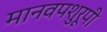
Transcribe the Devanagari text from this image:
मानवपशुरूपी